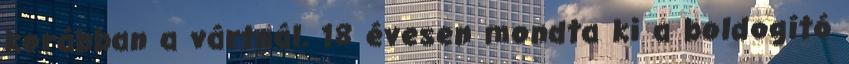
korábban a vártnál. 18 évesen mondta ki a boldogító